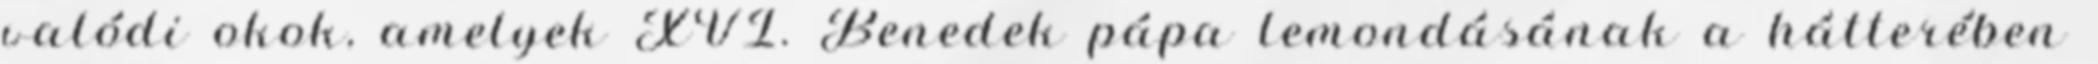
valódi okok, amelyek XVI. Benedek pápa lemondásának a hátterében